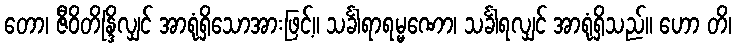
တော၊ ဇီဝိတိန္ဒြိလျှင် အာရုံရှိသောအားဖြင့်။ သင်္ခါရာရမ္မဏော၊ သင်္ခါရလျှင် အာရုံရှိသည်။ ဟော တိ၊